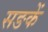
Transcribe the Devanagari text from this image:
सङकें